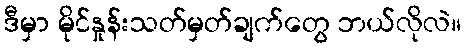
ဒီမှာ မိုင်နှုန်းသတ်မှတ်ချက်တွေ ဘယ်လိုလဲ။